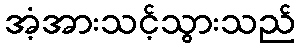
အံ့အားသင့်သွားသည်